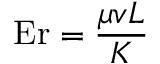
\mathrm { E r } = { \frac { \mu v L } { K } }